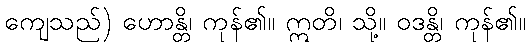
ကျေသည်) ဟောန္တိ၊ ကုန်၏။ ဣတိ၊ သို့။ ဝဒန္တိ၊ ကုန်၏။